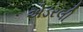
એડરલી